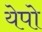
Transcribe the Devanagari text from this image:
येपो